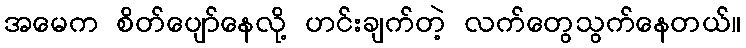
အမေက စိတ်ပျော်နေလို့ ဟင်းချက်တဲ့ လက်တွေသွက်နေတယ်။